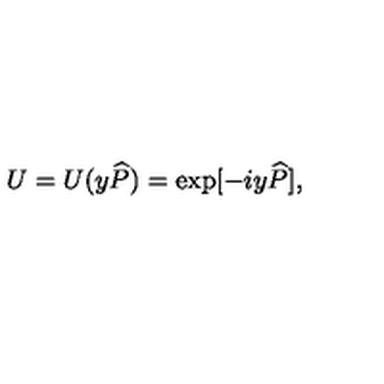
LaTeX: U = U ( y { \widehat { P } } ) = \exp [ - i y { \widehat { P } } ] ,